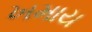
ખમાય